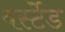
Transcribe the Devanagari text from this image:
वर्स्टेड